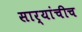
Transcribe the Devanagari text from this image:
सार्‍यांचीच